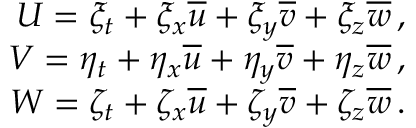
\begin{array} { r } { U = \xi _ { t } + \xi _ { x } \overline { { u } } + \xi _ { y } \overline { { v } } + \xi _ { z } \overline { { w } } \, \mathrm { , } } \\ { V = \eta _ { t } + \eta _ { x } \overline { { u } } + \eta _ { y } \overline { { v } } + \eta _ { z } \overline { { w } } \, \mathrm { , } } \\ { W = \zeta _ { t } + \zeta _ { x } \overline { { u } } + \zeta _ { y } \overline { { v } } + \zeta _ { z } \overline { { w } } \, \mathrm { . } } \end{array}